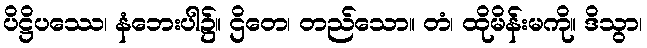
ပိဋ္ဌိပဿေ၊ နံဘေးပါ၌။ ဌိတေ၊ တည်သော။ တံ၊ ထိုမိန်းမကို။ ဒိသွာ၊